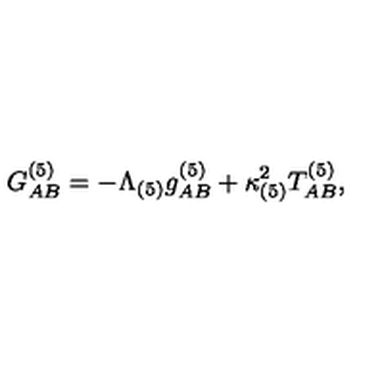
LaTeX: G _ { A B } ^ { ( 5 ) } = - \Lambda _ { ( 5 ) } g _ { A B } ^ { ( 5 ) } + \kappa _ { ( 5 ) } ^ { 2 } T _ { A B } ^ { ( 5 ) } ,